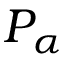
P _ { \alpha }